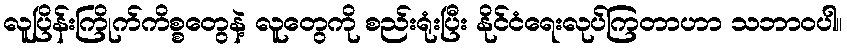
လူပြိန်းကြိုက်ကိစ္စတွေနဲ့ လူတွေကို စည်းရုံးပြီး နိုင်ငံရေးလုပ်ကြတာဟာ သဘာဝပါ။